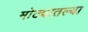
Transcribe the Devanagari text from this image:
मोठ्यातल्या